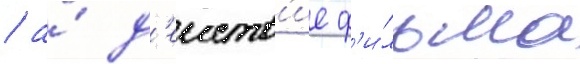
/ а́ д'еиств'ие ф'и́льма